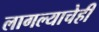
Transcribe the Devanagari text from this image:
लागल्याचेही